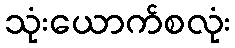
သုံးယောက်စလုံး